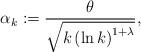
LaTeX: \begin{align*}\alpha_k:=\frac{\theta}{\sqrt{k\left(\ln k\right)^{1+\lambda}}},\end{align*}